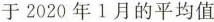
于2020年1月的平均值